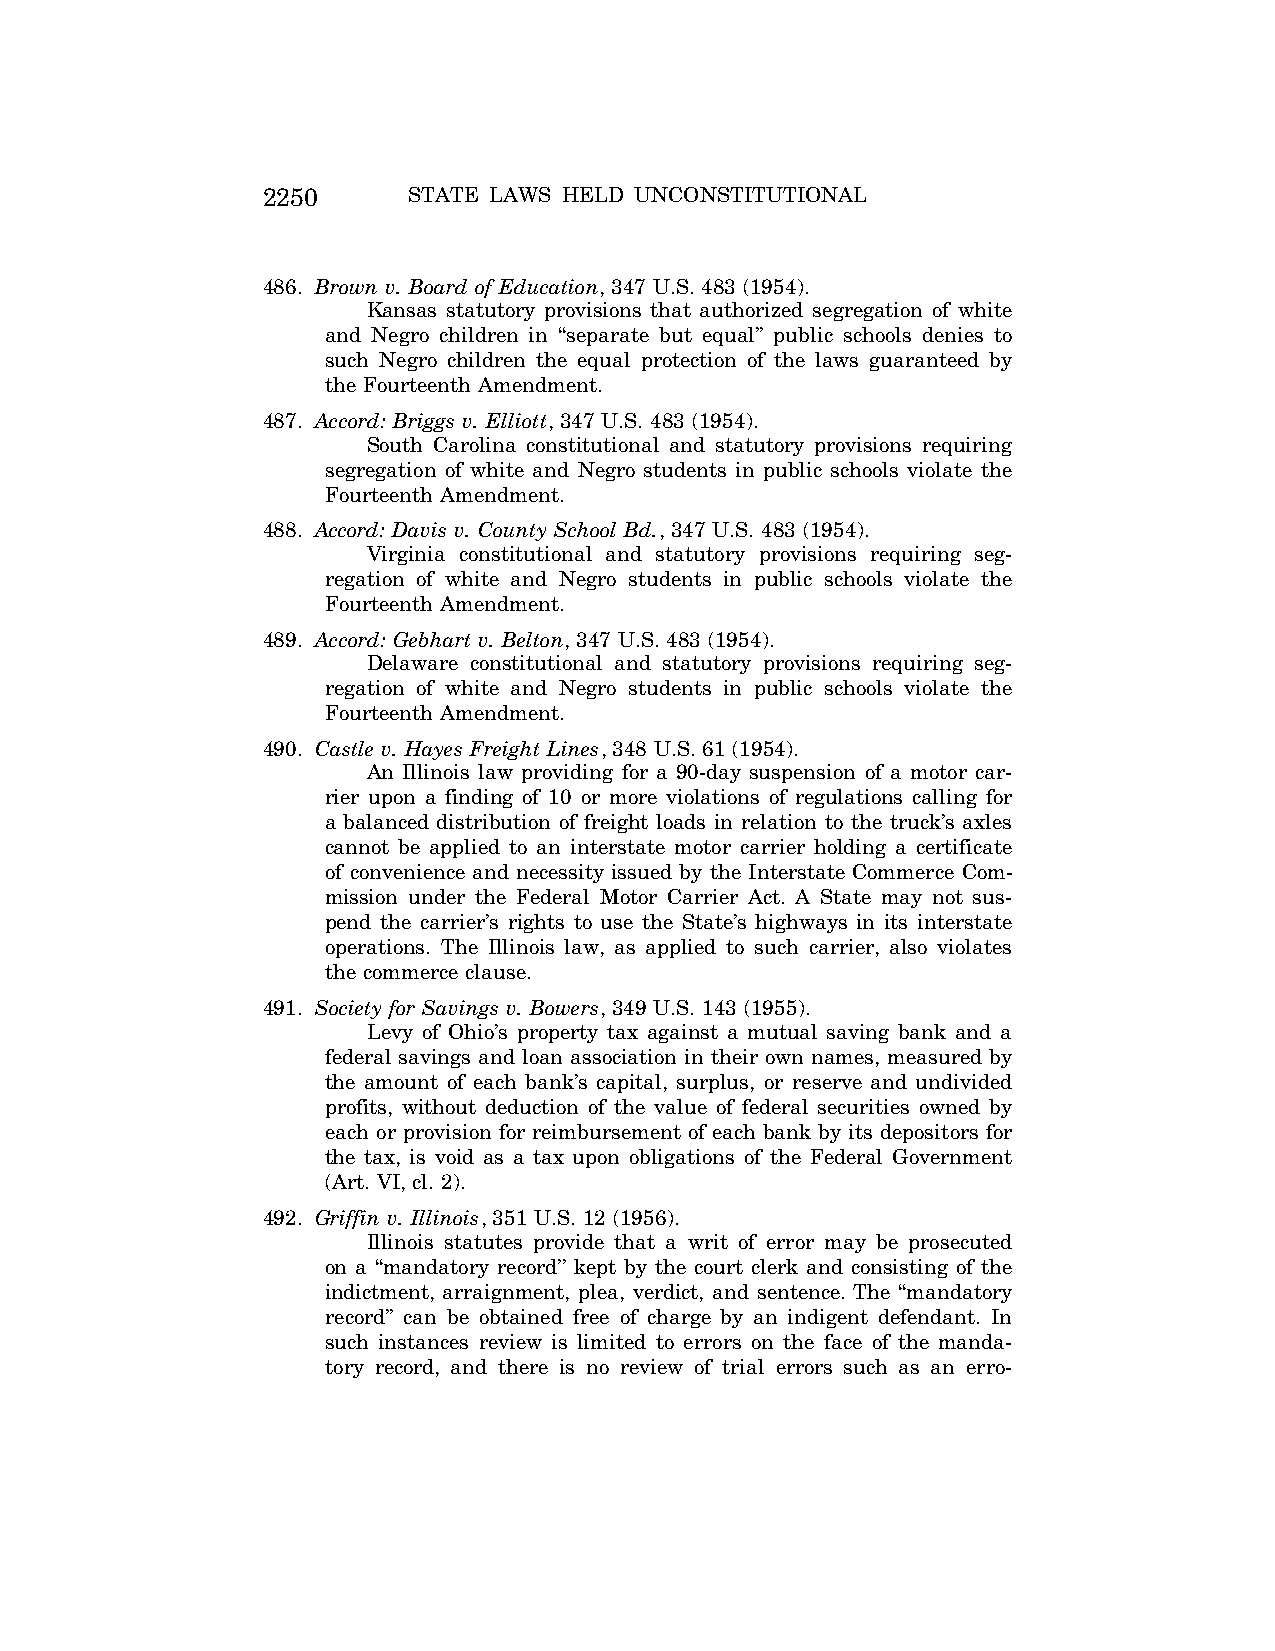
2250      STATE LAWS HELD UNCONSTITUTIONAL
 486. Brown v. Board of Education, 347 U.S. 483 (1954).
 Kansas statutory provisions that authorized segregation of white
 and Negro children in ‘‘separate but equal’’ public schools denies to
 such Negro children the equal protection of the laws guaranteed by
 the Fourteenth Amendment.
 487. Accord: Briggs v. Elliott, 347 U.S. 483 (1954).
 South Carolina constitutional and statutory provisions requiring
 segregation of white and Negro students in public schools violate the
 Fourteenth Amendment.
 488. Accord: Davis v. County School Bd., 347 U.S. 483 (1954).
 Virginia constitutional and statutory provisions requiring seg-
 regation of white and Negro students in public schools violate the
 Fourteenth Amendment.
 489. Accord: Gebhart v. Belton, 347 U.S. 483 (1954).
 Delaware constitutional and statutory provisions requiring seg-
 regation of white and Negro students in public schools violate the
 Fourteenth Amendment.
 490. Castle v. Hayes Freight Lines, 348 U.S. 61 (1954).
 An Illinois law providing for a 90-day suspension of a motor car-
 rier upon a finding of 10 or more violations of regulations calling for
 a balanced distribution of freight loads in relation to the truck’s axles
 cannot be applied to an interstate motor carrier holding a certificate
 of convenience and necessity issued by the Interstate Commerce Com-
 mission under the Federal Motor Carrier Act. A State may not sus-
 pend the carrier’s rights to use the State’s highways in its interstate
 operations. The Illinois law, as applied to such carrier, also violates
 the commerce clause.
 491. Society for Savings v. Bowers, 349 U.S. 143 (1955).
 Levy of Ohio’s property tax against a mutual saving bank and a
 federal savings and loan association in their own names, measured by
 the amount of each bank’s capital, surplus, or reserve and undivided
 profits, without deduction of the value of federal securities owned by
 each or provision for reimbursement of each bank by its depositors for
 the tax, is void as a tax upon obligations of the Federal Government
 (Art. VI, cl. 2).
 492. Griffin v. Illinois, 351 U.S. 12 (1956).
 Illinois statutes provide that a writ of error may be prosecuted
 on a ‘‘mandatory record’’ kept by the court clerk and consisting of the
 indictment, arraignment, plea, verdict, and sentence. The ‘‘mandatory
 record’’ can be obtained free of charge by an indigent defendant. In
 such instances review is limited to errors on the face of the manda-
 tory record, and there is no review of trial errors such as an erro-
 VerDate Aug<04>2004 12:57 Aug 23, 2004 Jkt 077500 PO 00000 Frm 00090 Fmt 8222 Sfmt 8222 C:\CONAN\CON064.SGM PRFM99 PsN: CON064